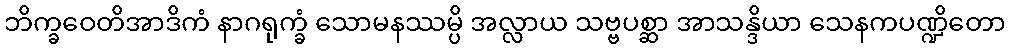
ဘိက္ခဝေတိအာဒိကံ နာဂရုက္ခံ သောမနဿမ္ပိ အလ္လာယ သဗ္ဗပစ္ဆာ အာသန္ဒိယာ သေနကပဏ္ဍိတော